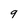
Character: 9